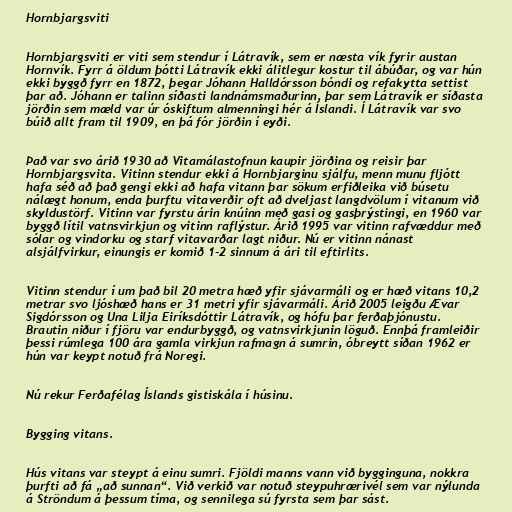
Hornbjargsviti

Hornbjargsviti er viti sem stendur í Látravík, sem er næsta vík fyrir austan
Hornvík. Fyrr á öldum þótti Látravík ekki álitlegur kostur til ábúðar, og var hún
ekki byggð fyrr en 1872, þegar Jóhann Halldórsson bóndi og refakytta settist
þar að. Jóhann er talinn síðasti landnámsmaðurinn, þar sem Látravík er síðasta
jörðin sem mæld var úr óskiftum almenningi hér á Íslandi. Í Látravík var svo
búið allt fram til 1909, en þá fór jörðin í eyði.

Það var svo árið 1930 að Vitamálastofnun kaupir jörðina og reisir þar
Hornbjargsvita. Vitinn stendur ekki á Hornbjarginu sjálfu, menn munu fljótt
hafa séð að það gengi ekki að hafa vitann þar sökum erfiðleika við búsetu
nálægt honum, enda þurftu vitaverðir oft að dveljast langdvölum í vitanum við
skyldustörf. Vitinn var fyrstu árin knúinn með gasi og gasþrýstingi, en 1960 var
byggð lítil vatnsvirkjun og vitinn raflýstur. Árið 1995 var vitinn rafvæddur með
sólar og vindorku og starf vitavarðar lagt niður. Nú er vitinn nánast
alsjálfvirkur, einungis er komið 1-2 sinnum á ári til eftirlits.

Vitinn stendur í um það bil 20 metra hæð yfir sjávarmáli og er hæð vitans 10,2
metrar svo ljóshæð hans er 31 metri yfir sjávarmáli. Árið 2005 leigðu Ævar
Sigdórsson og Una Lilja Eiríksdóttir Látravík, og hófu þar ferðaþjónustu.
Brautin niður í fjöru var endurbyggð, og vatnsvirkjunin löguð. Ennþá framleiðir
þessi rúmlega 100 ára gamla virkjun rafmagn á sumrin, óbreytt síðan 1962 er
hún var keypt notuð frá Noregi.

Nú rekur Ferðafélag Íslands gistiskála í húsinu.

Bygging vitans.

Hús vitans var steypt á einu sumri. Fjöldi manns vann við bygginguna, nokkra
þurfti að fá „að sunnan“. Við verkið var notuð steypuhrærivél sem var nýlunda
á Ströndum á þessum tíma, og sennilega sú fyrsta sem þar sást.